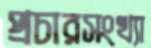
প্রচারসংখ্যা